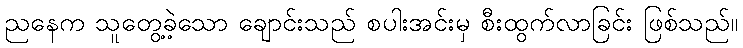
ညနေက သူတွေ့ခဲ့သော ချောင်းသည် စပါးအင်းမှ စီးထွက်လာခြင်း ဖြစ်သည်။